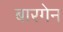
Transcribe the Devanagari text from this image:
बारगेन